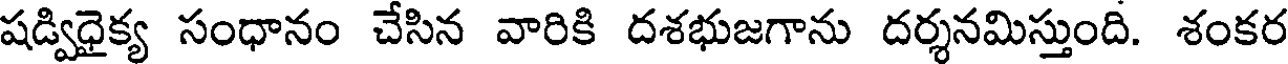
షడ్విధైక్య సంధానం చేసిన వారికి దశభుజగాను దర్శనమిస్తుంది. శంకర